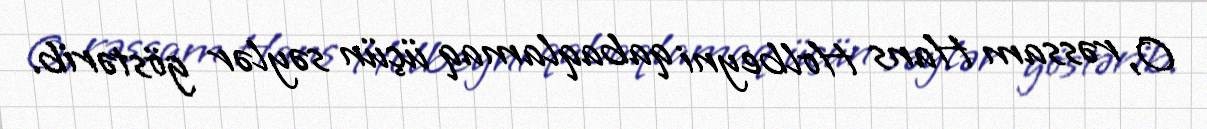
O, rəssam Hans Holbeyni qabaqlamaq üçün səylər göstərib.